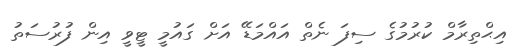
އިޙްތިރާމް ކުރުމުގެ ސިފަ ނެތް އައްމަޑޭ އަށް ގައުމީ ޓީވީ އިން ފުރުސަތު